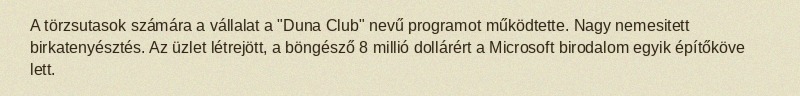
A törzsutasok számára a vállalat a "Duna Club" nevű programot működtette. Nagy nemesitett birkatenyésztés. Az üzlet létrejött, a böngésző 8 millió dollárért a Microsoft birodalom egyik építőköve lett.